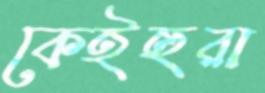
কেইহুরা